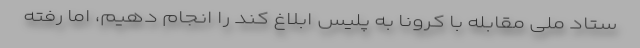
ستاد ملی مقابله با کرونا به پلیس ابلاغ کند را انجام دهیم، اما رفته